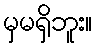
မှမရှိဘူး။